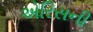
એરિસની